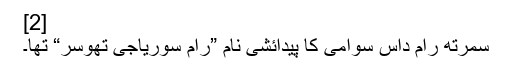
[2]
سمرتھ رام داس سوامی کا پیدائشی نام ”رام سوریاجی تھوسر“ تھا۔